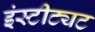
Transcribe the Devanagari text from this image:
इंस्टीट्यट